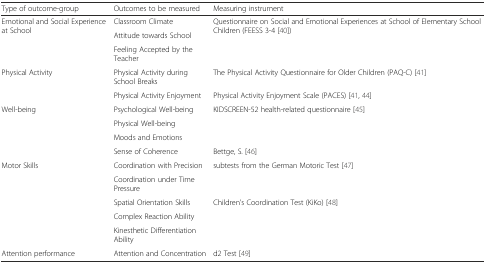
<table><thead><tr><td><b>Type of outcome-group</b></td><td><b>Outcomes to be measured</b></td><td><b>Measuring instrument</b></td></tr></thead><tbody><tr><td rowspan="3">Emotional and Social Experience at School</td><td>Classroom Climate</td><td rowspan="3">Questionnaire on Social and Emotional Experiences at School of Elementary School Children (FEESS 3-4 [40])</td></tr><tr><td>Attitude towards School</td></tr><tr><td>Feeling Accepted by the Teacher</td></tr><tr><td rowspan="2">Physical Activity</td><td>Physical Activity during School Breaks</td><td>The Physical Activity Questionnaire for Older Children (PAQ-C) [41]</td></tr><tr><td>Physical Activity Enjoyment</td><td>Physical Activity Enjoyment Scale (PACES) [41, 44]</td></tr><tr><td rowspan="4">Well-being</td><td>Psychological Well-being</td><td rowspan="3">KIDSCREEN-52 health-related questionnaire [45]</td></tr><tr><td>Physical Well-being</td></tr><tr><td>Moods and Emotions</td></tr><tr><td>Sense of Coherence</td><td>Bettge, S. [46]</td></tr><tr><td rowspan="5">Motor Skills</td><td>Coordination with Precision</td><td rowspan="2">subtests from the German Motoric Test [47]</td></tr><tr><td>Coordination under Time Pressure</td></tr><tr><td>Spatial Orientation Skills</td><td rowspan="3">Children’s Coordination Test (KiKo) [48]</td></tr><tr><td>Complex Reaction Ability</td></tr><tr><td>Kinesthetic Differentiation Ability</td></tr><tr><td>Attention performance</td><td>Attention and Concentration</td><td>d2 Test [49]</td></tr></tbody></table>